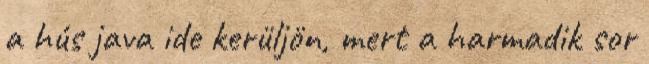
a hús java ide kerüljön, mert a harmadik sor